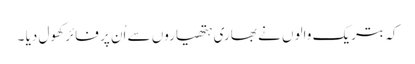
کہ بتریک والوں نے بھاری ہتھیاروں سے اُن پر فائر کھول دیا ۔